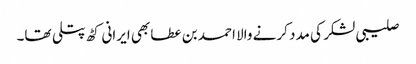
صلیبی لشکر کی مدد کرنے والا احمد بن عطا بھی ایرانی کٹھ پتلی تھا۔